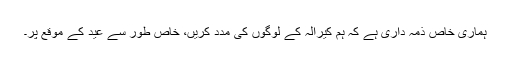
ہماری خاص ذمّہ داری ہے کہ ہم کیرالہ کے لوگوں کی مدد کریں، خاص طور سے عید کے موقع پر۔